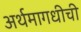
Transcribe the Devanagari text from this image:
अर्थमागधीची